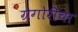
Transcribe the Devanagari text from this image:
ग्रेगोरीचा